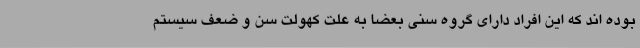
بوده اند که این افراد دارای گروه سنی بعضاً به علت کهولت سن و ضعف سیستم